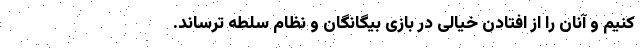
کنیم و آنان را از افتادن خیالی در بازی بیگانگان و نظام سلطه ترساند.